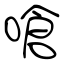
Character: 嗆